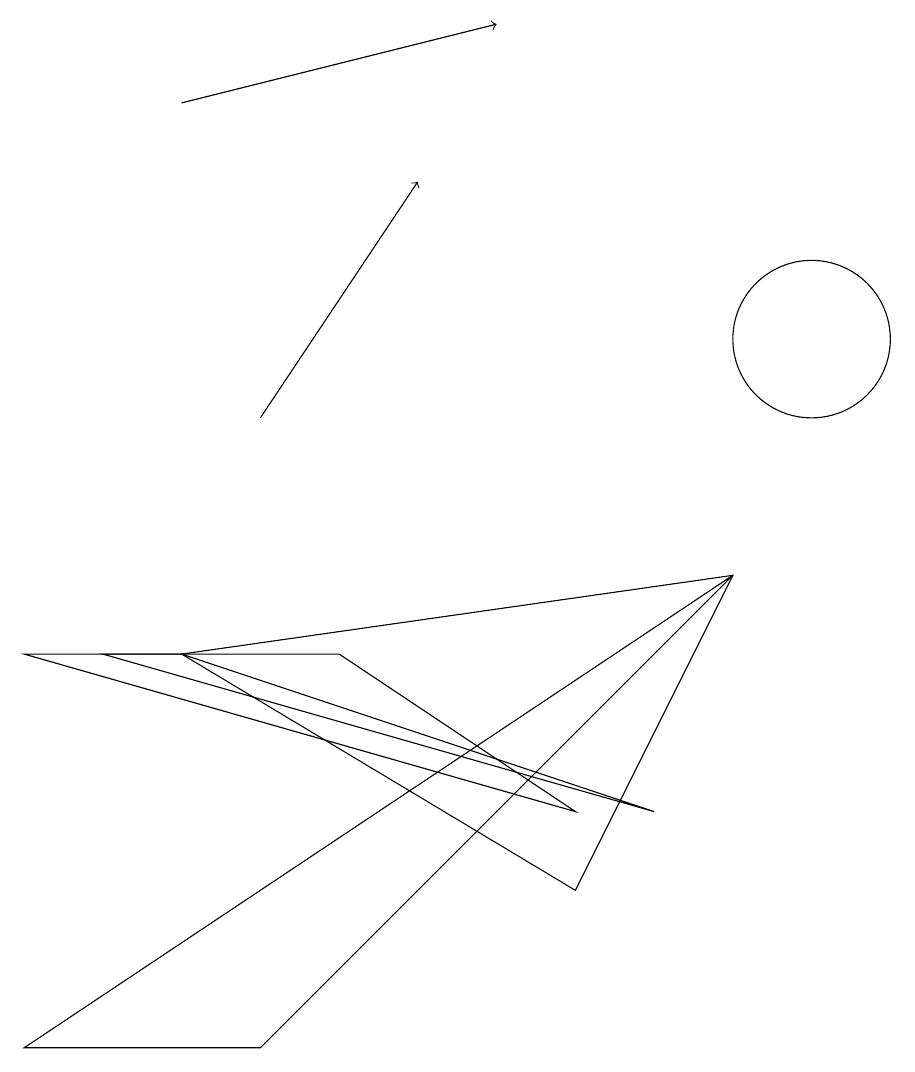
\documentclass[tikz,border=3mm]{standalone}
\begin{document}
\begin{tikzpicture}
\draw[->] (3,10) -- (5,13);
\draw (10,11) circle (1);
\draw (2,7) -- (8,5) -- (1,7) -- cycle;
\draw (7,4) -- (2,7) -- (9,8) -- cycle;
\draw (7,5) -- (0,7) -- (4,7) -- cycle;
\draw[->] (2,14) -- (6,15);
\draw (9,8) -- (0,2) -- (3,2) -- cycle;
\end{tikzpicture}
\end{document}